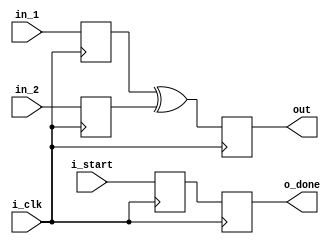
/*
 *Copyright (c) SandboxAQ. All rights reserved.
 *SPDX-License-Identifier: Apache-2.0   
*/

module gf_add
#(
   parameter WIDTH = 8,
   parameter REG_IN = 1,
   parameter REG_OUT = 1
)
(
    input i_clk, // for potential regs we may add later
    input i_start,
    input [WIDTH-1:0] in_1,
    input [WIDTH-1:0] in_2,
    output reg [WIDTH-1:0] out,
//    output [WIDTH-1:0] out,
    output reg o_done
    );
  
reg [WIDTH-1:0] in_1_reg, in_2_reg;
wire [WIDTH-1:0] out_reg;
reg done_reg;

generate
    if (REG_IN == 1) begin
        always@(posedge i_clk)
        begin
            in_1_reg <= in_1;
            in_2_reg <= in_2;
            done_reg <= i_start;
        end
    end
    else begin
        always@(*)
        begin
            in_1_reg <= in_1;
            in_2_reg <= in_2;
            done_reg <= i_start;
        end
    end
endgenerate


assign out_reg = in_1_reg ^ in_2_reg;
 
generate
    if (REG_OUT == 1) begin
        always@(posedge i_clk)
        begin
            out <= out_reg;
            o_done <= done_reg;

        end
    end
    else begin
        always@(*)
        begin
            out <= out_reg;
            o_done <= done_reg;
        end
    end
endgenerate

//always@(in_1,in_2)
//begin
//    out <= in_1 ^ in_2;
//end
//assign out = in_1 ^ in_2;
endmodule